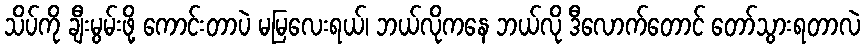
သိပ်ကို ချီးမွမ်းဖို့ ကောင်းတာပဲ မမြလေးရယ်၊ ဘယ်လိုကနေ ဘယ်လို ဒီလောက်တောင် တော်သွားရတာလဲ